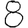
Digit: 8